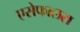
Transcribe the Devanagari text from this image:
एसेफालस